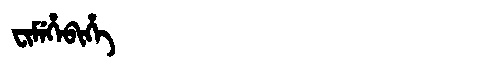
Manchu: ᠸᡳᠮᡝᡥᡝᠪᡳᡥᡝ
Romanization: FIMEHEBIHE